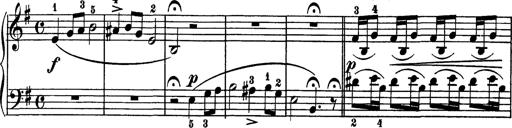
Title: AnnÃ©es de pÃ¨lerinage I
Composer: Franz Liszt